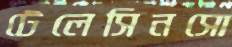
টেলেসিনসো